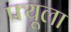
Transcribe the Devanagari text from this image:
फ्यूला